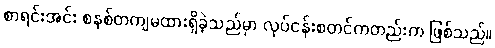
စာရင်းအင်း စနစ်တကျမထားရှိခဲ့သည်မှာ လုပ်ငန်းစတင်ကတည်းက ဖြစ်သည်။